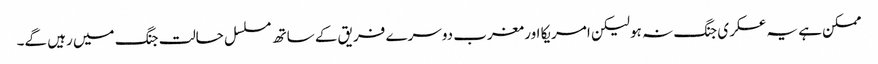
ممکن ہے یہ عسکری جنگ نہ ہو لیکن امریکا اور مغرب دوسرے فریق کے ساتھ مسلسل حالت جنگ میں رہیں گے۔